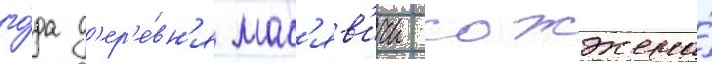
го́да д'ер'е́вн'я мас'яв'ичи сожжена́